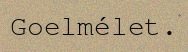
Goelmélet.